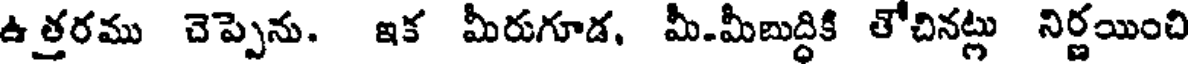
ఉత్తరము చెప్పెను. ఇక మీరుగూడ, మీ.మీబుద్ధికి తోచినట్లు నిర్ణయించి